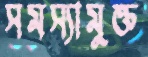
সমস্যামুক্ত